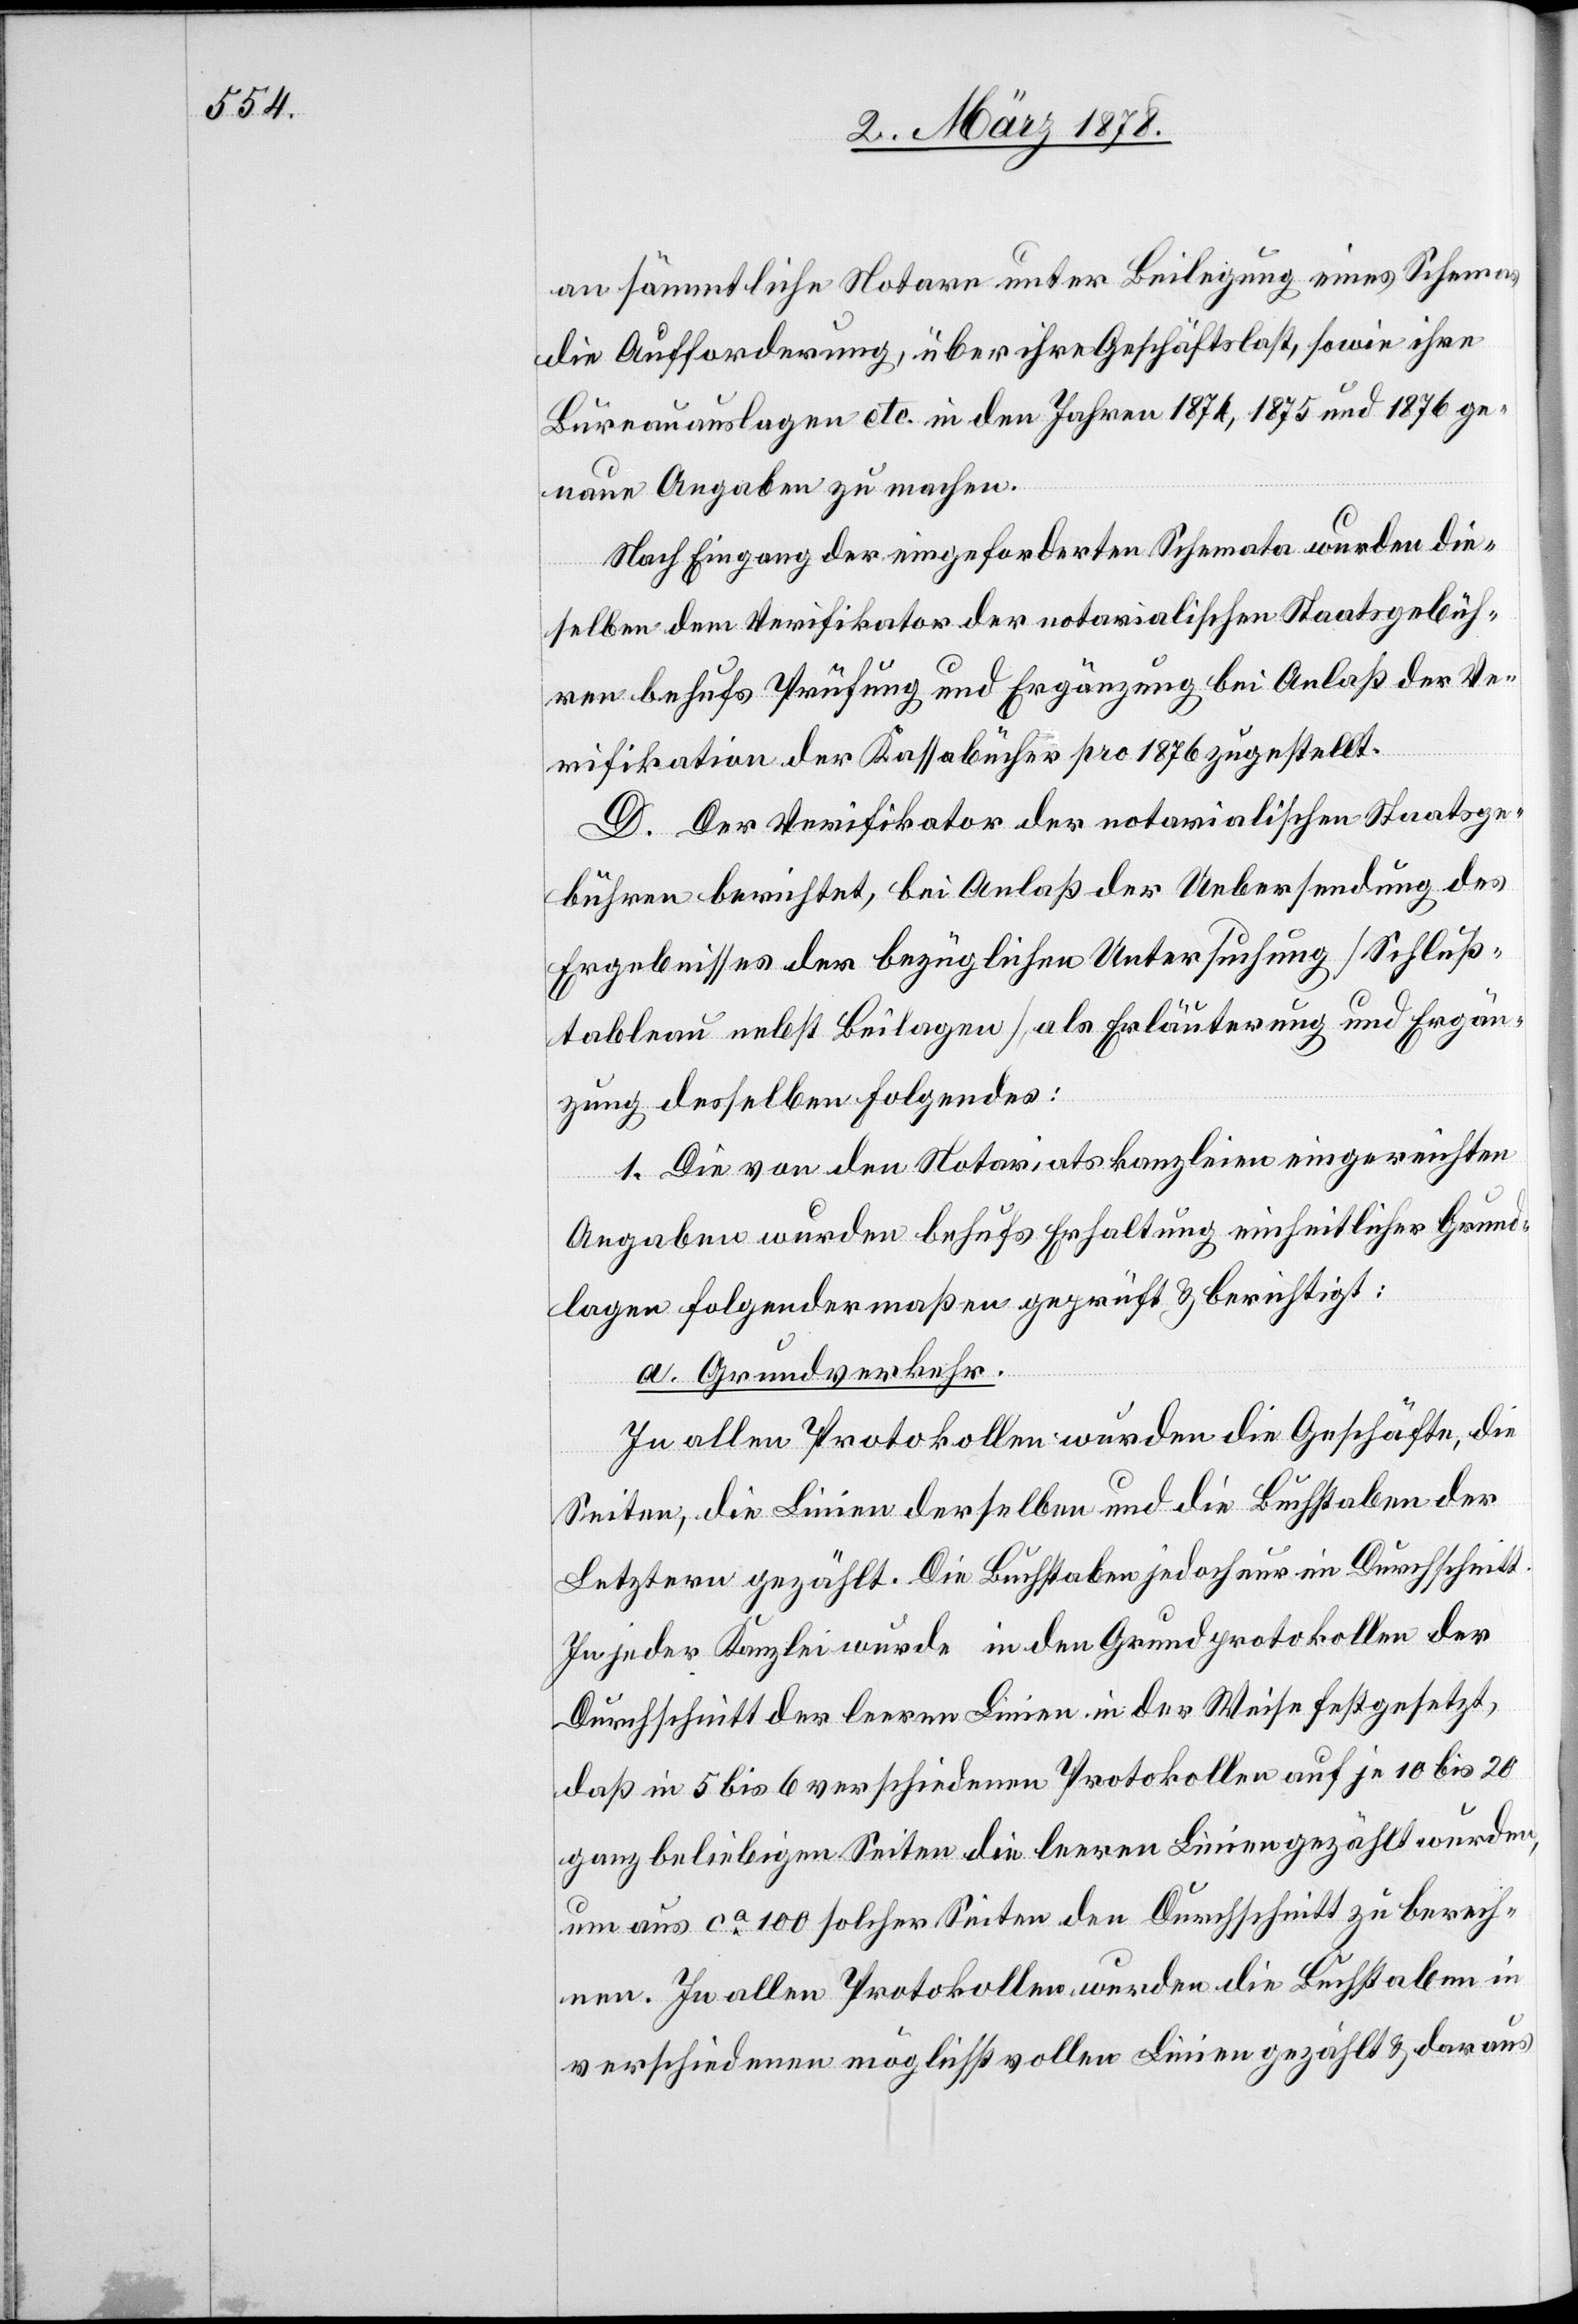
an sämmtliche Notare unter Beilegung eines Schemas
die Aufforderung, über ihre Geschäftslast, sowie ihre
Bureauauslagen etc. in den Jahren 1871, 1875 und 1876 ge¬
naue Angaben zu machen.
Nach Eingang der eingeforderten Schemata wurden die¬
selben dem Verifikator der notarialischen Staatsgebüh¬
ren behufs Prüfung und Ergänzung bei Anlaß der Ve¬
rifikation der Kassabücher pro 1876 zugestellt.
D. Der Verifikator der notarialischen Staatsge¬
bühren berichtet, bei Anlaß der Uebersendung des
Ergebnisses der bezüglichen Untersuchung (Schluß¬
tableau nebst Beilagen), als Erläuterung und Ergän¬
zung desselben Folgendes:
1. Die von den Notariatskanzleien eingereichten
Angaben wurden behufs Erhaltung einheitlicher Grund¬
lagen folgendermaßen geprüft & berichtigt:
a. Grundverkehr.
In allen Protokollen wurden die Geschäfte, die
Seiten, die Linien derselben und die Buchstaben der
Letztern gezählt. Die Buchstaben jedoch nur im Durchschnitt.
In jeder Kanzlei wurde in den Grundprotokollen der
Durchschnitt der leeren Linien in der Weise festgesetzt,
daß in 5 bis 6 verschiedenen Protokollen auf je 10 bis 20
ganz beliebigen Seiten die leeren Linien gezählt wurden,
um aus ca 100 solcher Seiten den Durchschnitt zu berech¬
nen. In allen Protokollen wurden die Buchstaben in
verschiedenen möglichst vollen Linien gezählt & daraus